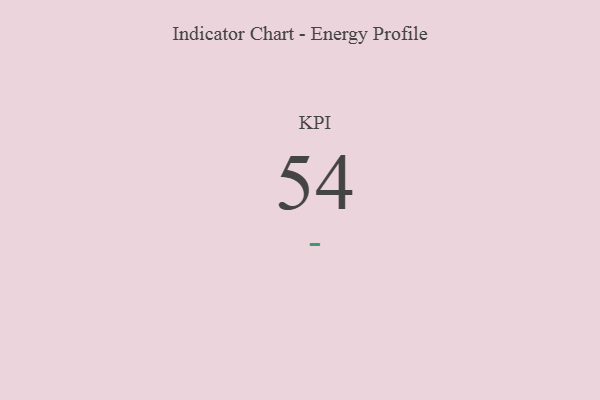
{"axis": {"x": "KPI", "y": "Value"}, "legend": [""], "data": [{"x": "KPI", "y": 54, "type": ""}]}